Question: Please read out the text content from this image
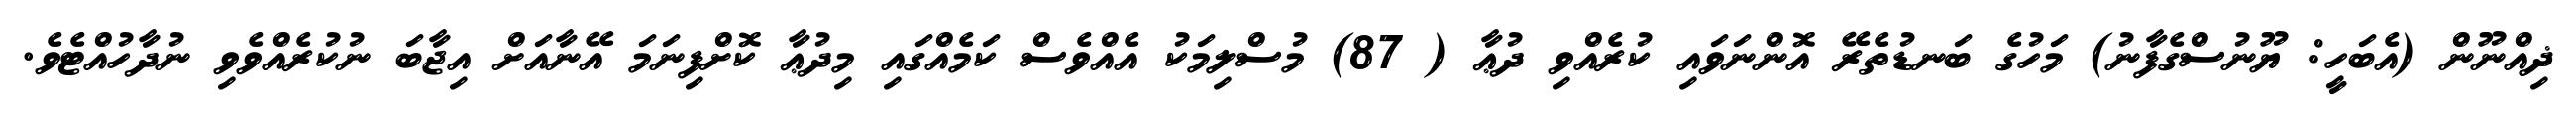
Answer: ޛިއްނޫން (އެބަހީ: ޔޫނުސްގެފާނު) މަހުގެ ބަނޑުތެރޭ އޮންނަވައި ކުރެއްވި ދުޢާ ( 87) މުސްލިމަކު އެއްވެސް ކަމެއްގައި މިދުޢާ ކޮށްފިނަމަ އޭނާއަށް އިޖާބަ ނުކުރެއްވެވި ނުދާހުއްޓެވެ.